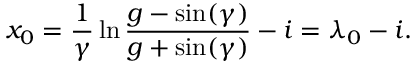
x _ { 0 } = \frac { 1 } { \gamma } \ln \frac { g - \sin ( \gamma ) } { g + \sin ( \gamma ) } - i = \lambda _ { 0 } - i .